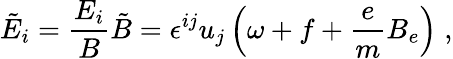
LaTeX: \tilde{E}_{i}=\frac{E_{i}}{B}\tilde{B}=\epsilon^{ij}u_{j}\left(\omega+f+\frac{e}{m}B_{e}\right)\; ,